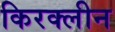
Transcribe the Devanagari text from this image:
किरक्लीन